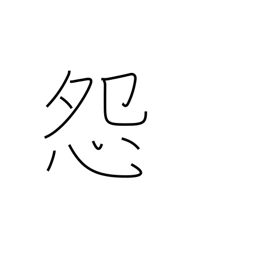
Meaning: be jealous